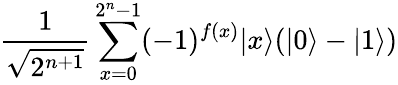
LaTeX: {\frac{1}{\sqrt{2^{n+1}}}}\sum_{x=0}^{2^{n}-1}(-1)^{f(x)}|x\rangle(|0\rangle-|1\rangle)